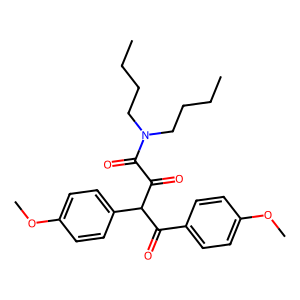
SMILES: CCCCN(CCCC)C(=O)C(=O)C(C(=O)c1ccc(OC)cc1)c1ccc(OC)cc1
Inhibits HIV replication: No